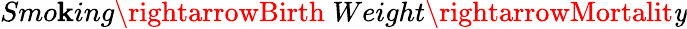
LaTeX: Smo\mathbf{k}ing\rightarrowBirth\; Weight\rightarrowMortalit\mathit{y}